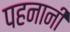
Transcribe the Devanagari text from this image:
पहनानी